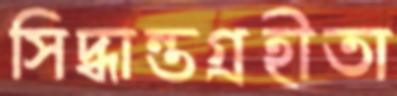
সিদ্ধান্তগ্রহীতা